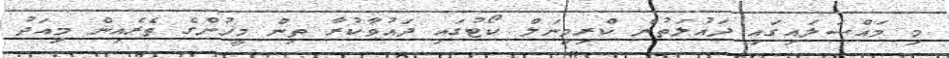
މި މައްސަލައިގައި ދައުލަތުން ކްރިމިނަލް ކޯޓުގައި ދައުވާކުރާ ތިން މީހުންގެ ތެރެއިން މިއަދު